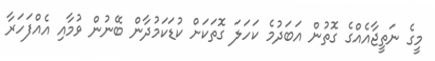
މީގެ ނަތީޖާއެއްގެ ގޮތުން އަބަދުމެ ކަހަލަ ގޮތަކަށް ކުޑަކަމުދާން ބޭނުން ވުމާއި އެއްފަހަރާ